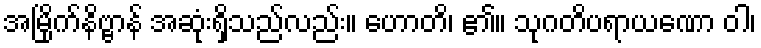
အမြိုက်နိဗ္ဗာန် အဆုံးရှိသည်လည်း။ ဟောတိ၊ ၏။ သုဂတိပရာယဏော ဝါ၊